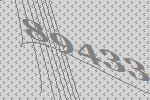
89433